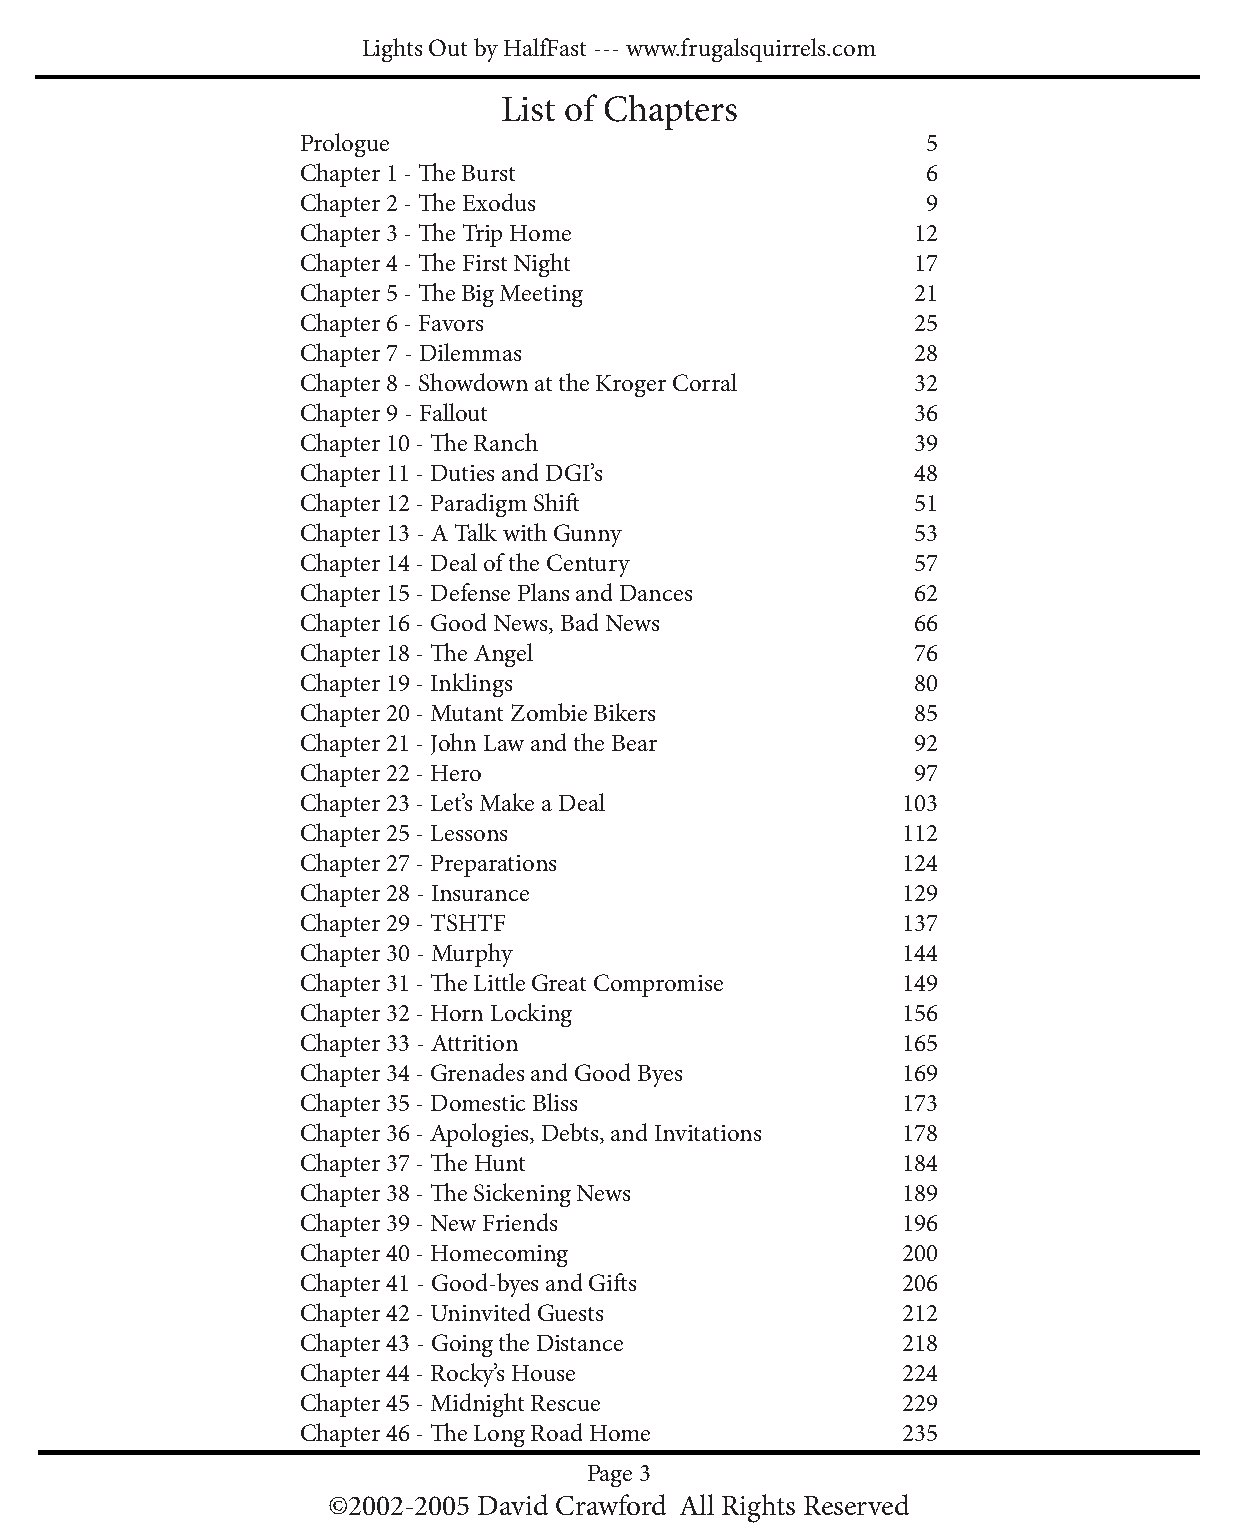
Lights Out by HalfFast --- www.frugalsquirrels.com
 List of Chapters
 Prologue                                 5
 Chapter 1 - TheBurst                     6
 Chapter 2 - TheExodus                    9
 Chapter 3 - TheTripHome                 12
 Chapter 4 - TheFirstNight               17
 Chapter 5 - TheBigMeeting               21
 Chapter 6 - Favors                      25
 Chapter 7 - Dilemmas                    28
 Chapter 8 - Showdown at the Kroger Corral 32
 Chapter 9 - Fallout                     36
 Chapter 10 - TheRanch                   39
 Chapter 11 - Duties and DGI’s           48
 Chapter 12 - Paradigm Shift             51
 Chapter 13 - A Talk with Gunny          53
 Chapter 14 - Deal of the Century        57
 Chapter 15 - Defense Plans and Dances   62
 Chapter 16 - Good News, Bad News        66
 Chapter 18 - TheAngel                   76
 Chapter 19 - Inklings                   80
 Chapter 20 - Mutant Zombie Bikers       85
 Chapter 21 - John Law and the Bear      92
 Chapter 22 - Hero                       97
 Chapter 23 - Let’s Make a Deal          103
 Chapter 25 - Lessons                    112
 Chapter 27 - Preparations               124
 Chapter 28 - Insurance                  129
 Chapter 29 - TSHTF                      137
 Chapter 30 - Murphy                     144
 Chapter 31 - TheLittleGreatCompromise   149
 Chapter 32 - Horn Locking               156
 Chapter 33 - Attrition                  165
 Chapter 34 - Grenades and Good Byes     169
 Chapter 35 - Domestic Bliss             173
 Chapter 36 - Apologies, Debts, and Invitations 178
 Chapter 37 - TheHunt                    184
 Chapter 38 - TheSickeningNews           189
 Chapter 39 - New Friends                196
 Chapter 40 - Homecoming                 200
 Chapter 41 - Good-byes and Gifts        206
 Chapter 42 - Uninvited Guests           212
 Chapter 43 - Going the Distance         218
 Chapter 44 - Rocky’s House              224
 Chapter 45 - Midnight Rescue            229
 Chapter 46 - TheLongRoadHome            235
 Page 3
 ©2002-2005 David Crawford All Rights Reserved